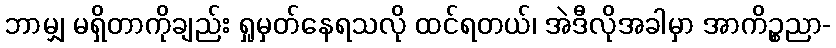
ဘာမျှ မရှိတာကိုချည်း ရှုမှတ်နေရသလို ထင်ရတယ်၊ အဲဒီလိုအခါမှာ အာကိဉ္စညာ-